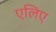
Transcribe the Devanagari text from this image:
एलिए